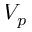
V _ { p }